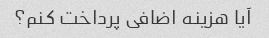
آیا هزینه اضافی پرداخت کنم؟